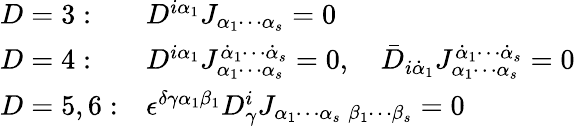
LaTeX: \begin{array}{ll}{{D=3:}}&{{D^{i\alpha_{1}}J_{\alpha_{1}\cdots\alpha_{s}}=0}}\\ {{D=4:}}&{{D^{i\alpha_{1}}J_{\alpha_{1}\cdots\alpha_{s}}^{\dot{\alpha}_{1}\cdots\dot{\alpha}_{s}}=0,\quad\bar{D}_{i\dot{\alpha}_{1}}J_{\alpha_{1}\cdots\alpha_{s}}^{\dot{\alpha}_{1}\cdots\dot{\alpha}_{s}}=0}}\\ {{D=5,6:}}&{{\epsilon^{\delta\gamma\alpha_{1}\beta_{1}}D_{\gamma}^{i}J_{\alpha_{1}\cdots\alpha_{s}\; \beta_{1}\cdots\beta_{s}}=0}}\end{array}